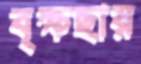
বৃক্ষছায়